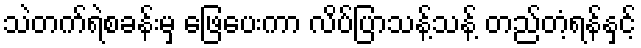
သဲတက်ရဲစခန်းမှ ဖြေပေးကာ လိပ်ပြာသန့်သန့် တည်တံ့ရန်နှင့်